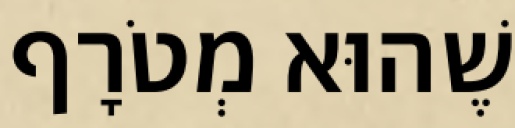
שֶׁהוּא מְטֹרָף